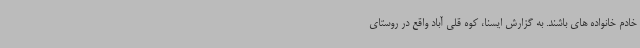
خادم خانواده های باشند. به گزارش ایسنا، کوه قلی آباد واقع در روستای